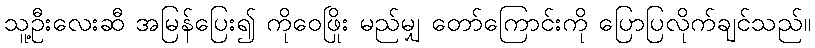
သူ့ဦးလေးဆီ အမြန်ပြေး၍ ကိုဝေဖြိုး မည်မျှ တော်ကြောင်းကို ပြောပြလိုက်ချင်သည်။